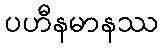
ပဟီနမာနဿ